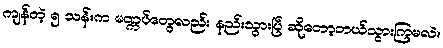
ကျန်တဲ့ ၅ သန်းက မဏ္ကပ်တွေလည်း နည်းသွားပြီ ဆိုတော့ဘယ်သွားကြမလဲ။